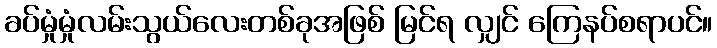
ခပ်မှုံမှုံလမ်းသွယ်လေးတစ်ခုအဖြစ် မြင်ရ လျှင် ကြေနပ်စရာပင်။